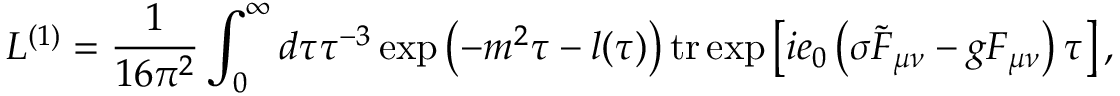
{ \cal L } ^ { ( 1 ) } = \frac 1 { 1 6 \pi ^ { 2 } } \int _ { 0 } ^ { \infty } d \tau \tau ^ { - 3 } \exp \left( - m ^ { 2 } \tau - l ( \tau ) \right) \mathrm { t r } \exp \left[ i e _ { 0 } \left( \sigma \widetilde { F } _ { \mu \nu } - g F _ { \mu \nu } \right) \tau \right] ,